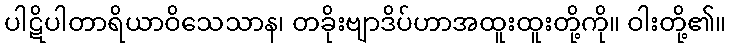
ပါဋိပါတာရိယာဝိသေသာန၊ တခိုးဗျာဒိပ်ဟာအထူးထူးတို့ကို။ ဝါးတို့၏။